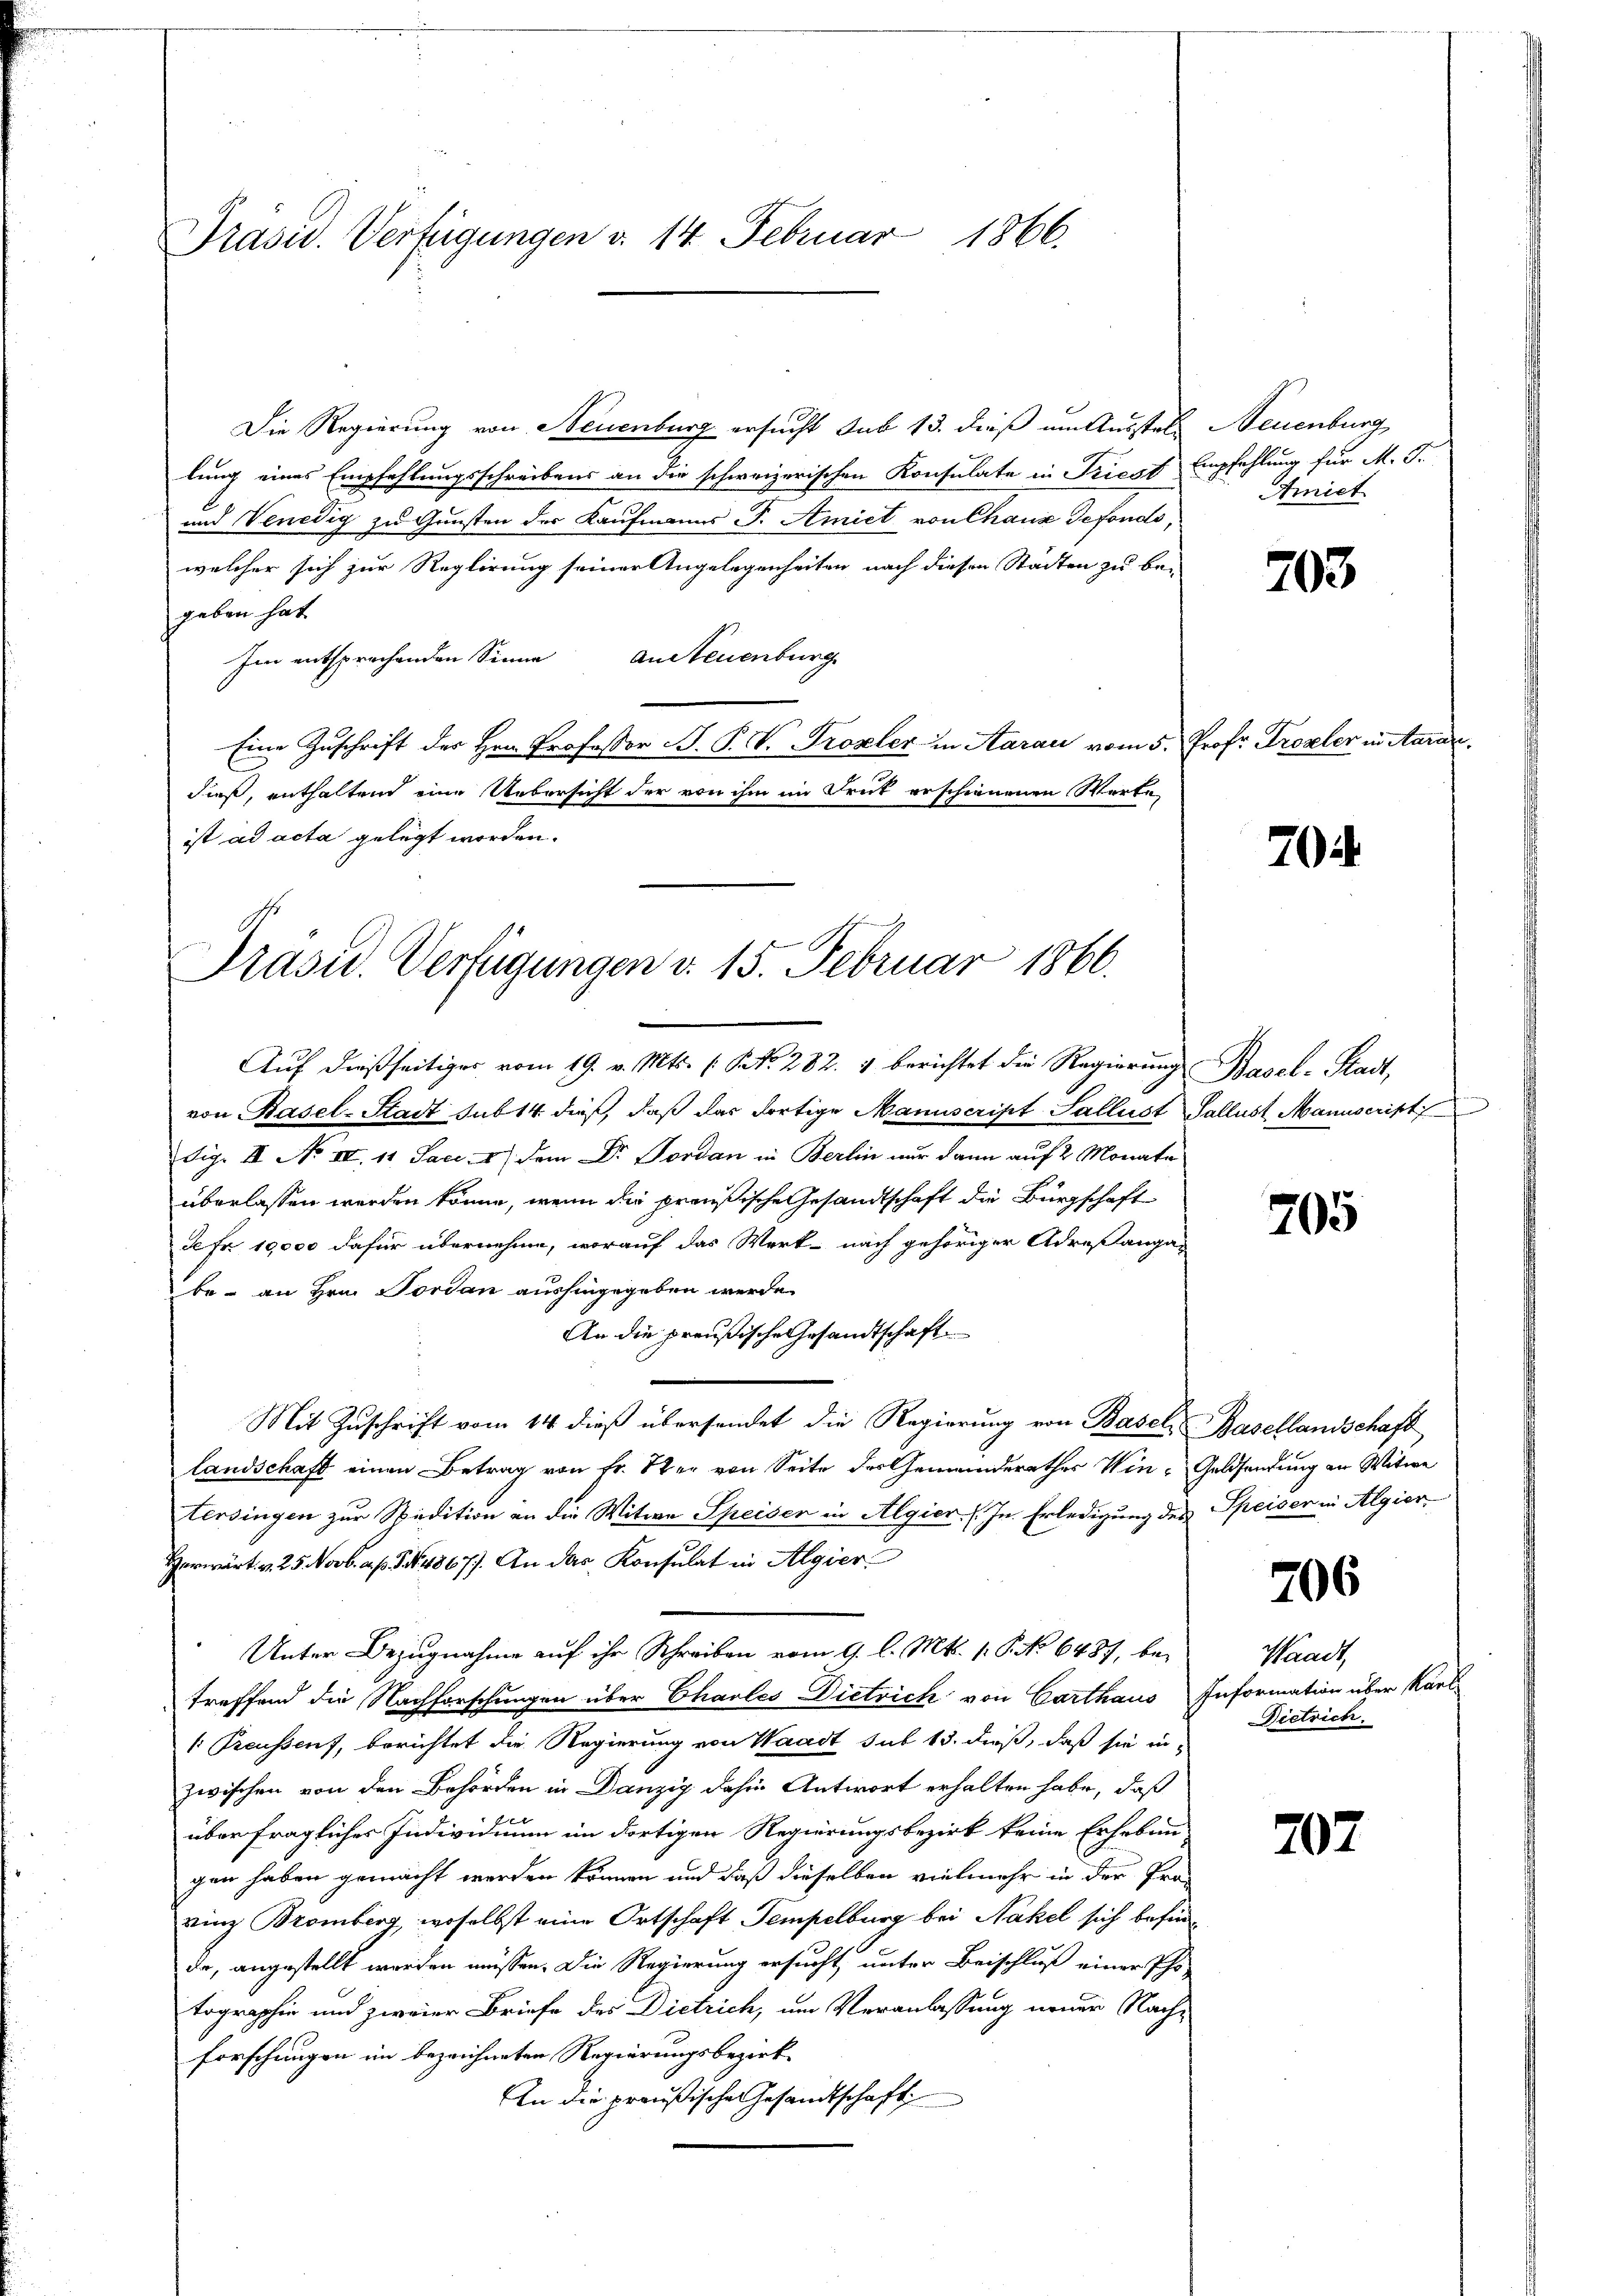
Präsid. Verfügungen d. 14. Februar 1866.

Die Regierung von Neuenburg ersucht sub 13. dieß um Ausstels Neuenburg
lung eines Empfehlungsschreibens an die schweizerischen Konsulate in Triest empfehlung für M. D.
und Venedig zu Gunsten der Kaufmanns P. Amiet von Chaux Tefondo,
welcher sich zur Reglirung seiner Angelegenheiten nach diesen Städten zu be-
geben hat.
An Neuenburg
Im entsprochenden Sinne
Eine Zuschrift der Hrn. Professor B. P. V. Prozler in Aarau vom 5. Prof. Tropeler in Aarar
dieß, enthaltend eine Uebersicht der von ihm im Druck erschienenen Worte,
ist ad acta gelegt worden.

Präsid. Verfügungen d. 15. Februar 1866.

Auf dießseitiges vom 19. v. Mts. (S. 282. 4 berichtet die Regierung Basel-Stadt,
von Rasel-Stadt sub 14 dieß, daß das dortige Manuscript Sallust Sallust Manuscript
dig. II No. IV. 11. Jaci- 4) dem Dr. Bordan in Berlin nur dann auf 2 Monate
überlassen werden könne, wenn die preußische Gesandtschaft die Bürgschaft
de Fr. 10,000 dafür übernehme, worauf das Werk nach gehöriger Adresanga-
be - an Hrn. Jordan aushingegeben werde.
An die preußische Gesandtschaft
Mit Zuschrift vom 14. dieß übersendet die Regierung von Basel, Basellandschaft
landschaft einen Betrag von Fr. Ster von Seite der Gemeinderathes Win-Geldsendung an Witwe
tersingen zur Spedition an die Witwe Speiser in Algier. (In Erledigung des Speiser in Algier
Herwärt. v. 25. Novb. a. p. 5. No. 4867). An das Konsulat in Algier
Unter Bezugnahme auf ihr Schreiben vom 9. l. Mts. 1. P. No 6487, betreffend die Nachforschungen über Charles Dietrich von Carthaus Information über Karl
 Preussen, berichtet die Regierung von Waadt sub 13. dieß, daß sie inzwischen von den Behörden in Danzig dahin Antwort erhalten habe, daß
f
über fragliches Individium im dortigen Regierungsbezirk keine Erheben
gen haben gemacht werden können und daß dieselben vielmehr in der Pro-
rinz Bromberg, woselbst eine Ortschaft Tempelburg bei Nakel sich befinde, angestellt werden müssen. Die Regierung ersucht, unter Beischluß einer Pho-
tographie und zweier Briefe des Dietrich, um Veranlassung neuer Nachforschungen im bezeichneten Regierungsbezirk¬
An die preußische Gesandtschaft

Amiet

704

703

705

206

Waadt,
Dietrich.

207